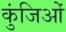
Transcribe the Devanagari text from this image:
कुंजिओं